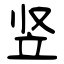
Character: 竖